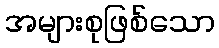
အများစုဖြစ်သော